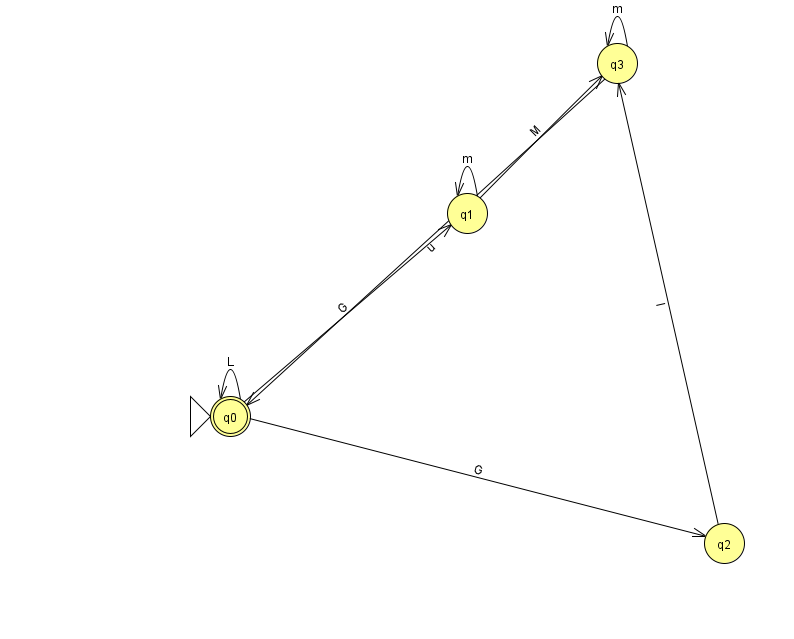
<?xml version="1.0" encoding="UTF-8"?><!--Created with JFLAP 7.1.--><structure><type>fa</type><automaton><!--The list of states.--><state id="0" name="q0"><x>230.0</x><y>403.0</y><initial/><final/></state><state id="1" name="q1"><x>467.0</x><y>200.0</y></state><state id="2" name="q2"><x>724.0</x><y>530.0</y></state><state id="3" name="q3"><x>617.0</x><y>50.0</y></state><!--The list of transitions.--><transition><from>1</from><to>3</to><read>M</read></transition><transition><from>0</from><to>2</to><read>G</read></transition><transition><from>3</from><to>0</to><read>u</read></transition><transition><from>0</from><to>0</to><read>L</read></transition><transition><from>0</from><to>1</to><read>G</read></transition><transition><from>1</from><to>1</to><read>m</read></transition><transition><from>2</from><to>3</to><read>l</read></transition><transition><from>3</from><to>3</to><read>m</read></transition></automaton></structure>